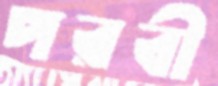
পরবী